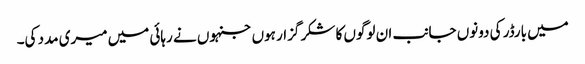
میں بارڈر کی دونوں جانب ان لوگوں کا شکر گزار ہوں جنہوں نے رہائی میں میری مدد کی۔